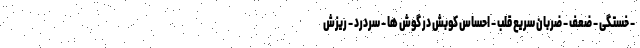
- خستگی - ضعف - ضربان سریع قلب - احساس کوبش در گوش ها - سردرد - ریزش